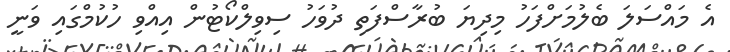
އެ މައްސަލަ ބެލުމަށްފަހު މިދިޔަ ބުރާސްފަތި ދުވަހު ސިވިލްކޯޓުން އިއްވި ހުކުމްގައި ވަނީ